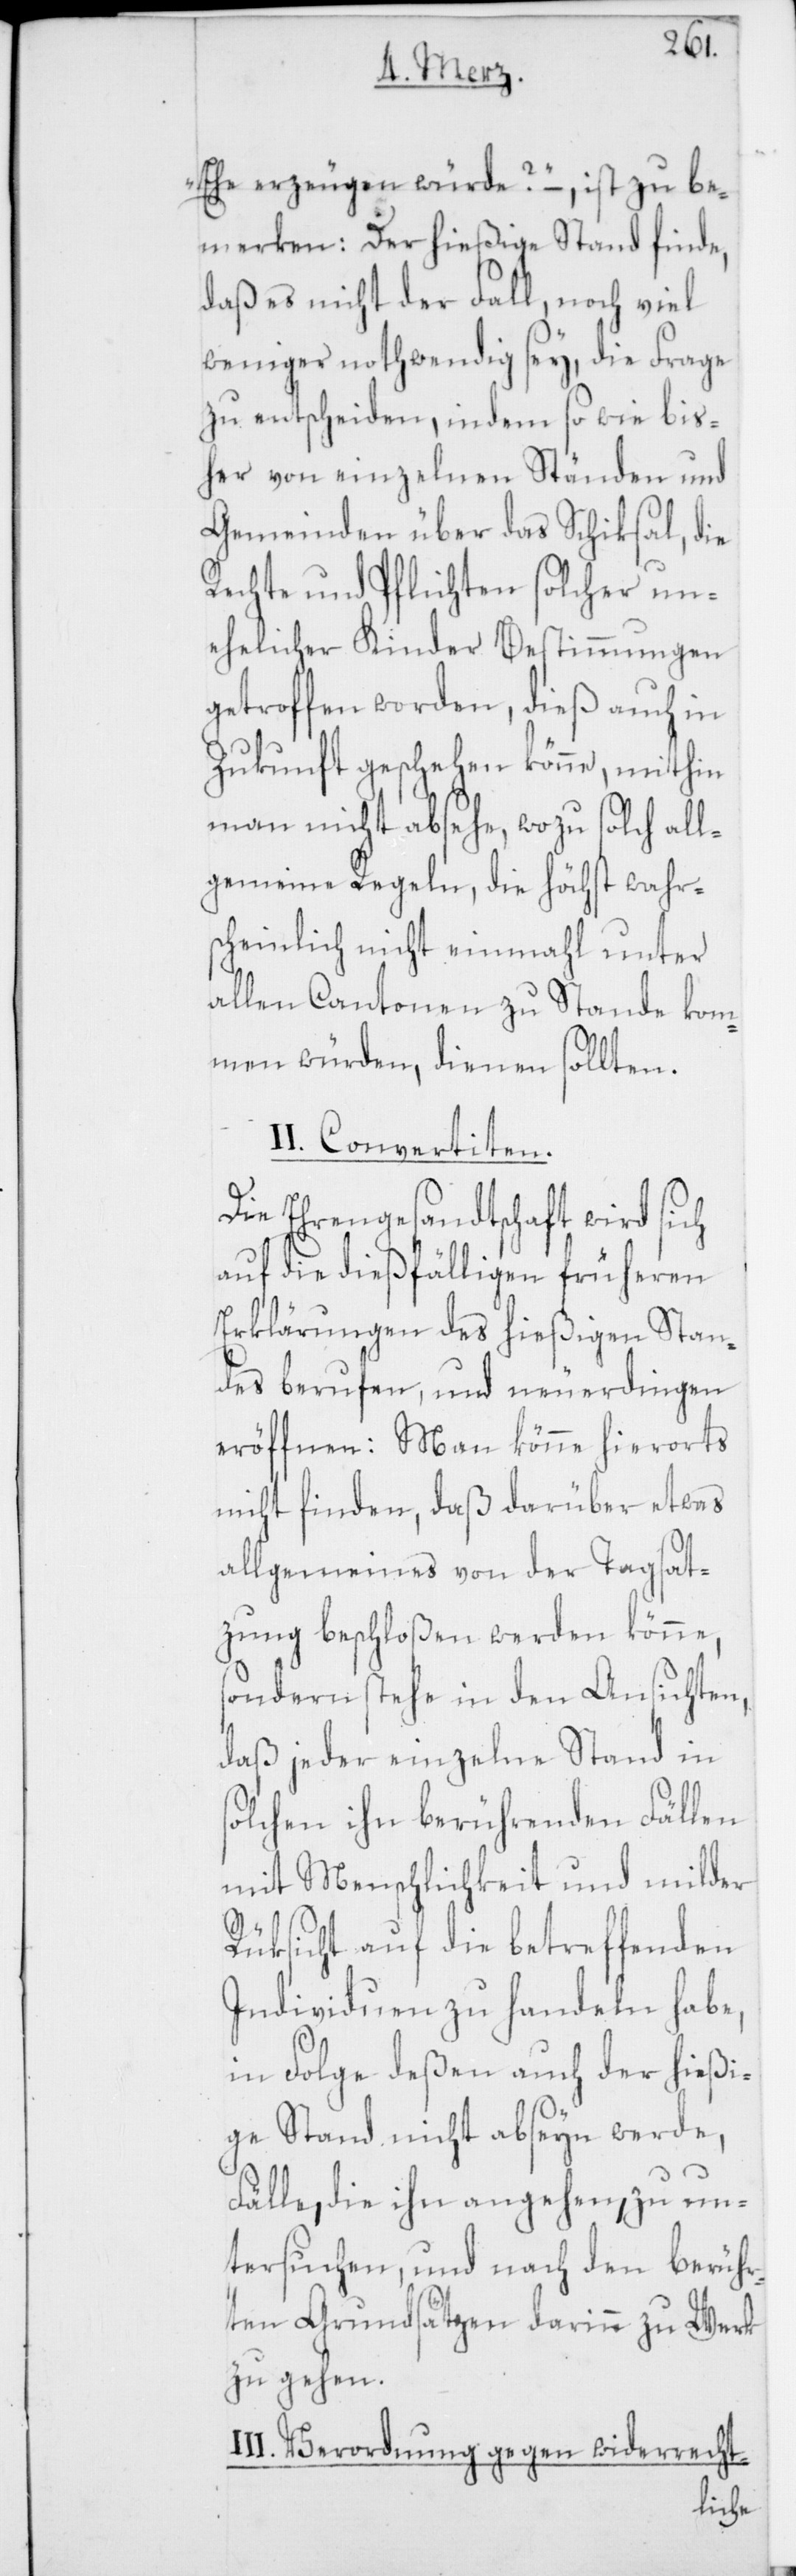
Ehe erzeugen würde?“ –, ist zu be¬
merken: Der hießige Stand finde,
daß es nicht der Fall noch viel
weniger nothwendig sey, die Frage
zu entscheiden, indem so wie bis¬
her von einzelnen Ständen und
Gemeinden über das Schiksal, die
Rechte und Pflichten solcher un¬
ehelicher Kinder Bestimmungen
getroffen worden, dieß auch in
Zukunft geschehen könne, mithin
man nicht absehe, wozu solch all¬
gemeine Regeln, die höchst wahr¬
scheinlich nicht einmahl unter
allen Cantonen zustande kom¬
men würden, dienen sollten.
II. Convertiten.
Die Ehrengesandtschaft wird sich
auf die dießfälligen früheren
Erklärungen des hießigen Stan¬
des berufen, und neuerdingen
eröffnen: Man könne hierorts
nicht finden, daß darüber etwas
allgemeines von der Tagsat¬
zung beschloßen werden könne,
sondern stehe in den Ansichten,
daß jeder einzelne Stand in
solchen ihn berührenden Fällen
mit Menschlichkeit und milder
Rüksicht auf die betreffenden
Individuen zu handeln habe,
in Folge deßen auch der hießi¬
ge Stand nicht abseyn werde,
Fälle, die ihn angehen, zu un¬
tersuchen, und nach den berühr¬
ten Grundsätzen darinn zu Werk
zu gehen.
III. Verord¬
nung